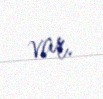
var.